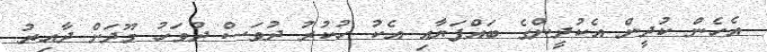
އެހެން ކުދީން އެކުދީންގެ ބައްޕަޔާއި އެކު ހުކުރު ދުވަސް ދުވަހު މޫދަށް ދާއިރު